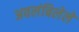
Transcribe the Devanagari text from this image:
अवलंबिलेले